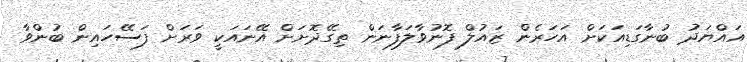
އައްޔަދު ބުނާގަޑިއަކަށް އަހަރެން ޒައުލް ފޮނުވާލަފާނަން ތިގޭދޮށަށް އޭނައަކީ ވަރަށް ފަސޭހައިން ބުންވާ